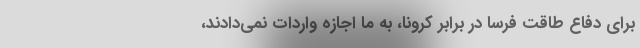
برای دفاع طاقت فرسا در برابر کرونا، به ما اجازه واردات نمی‌دادند،